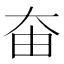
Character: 𡘊